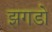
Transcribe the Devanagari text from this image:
झगडो